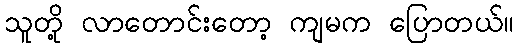
သူတို့ လာတောင်းတော့ ကျမက ပြောတယ်။